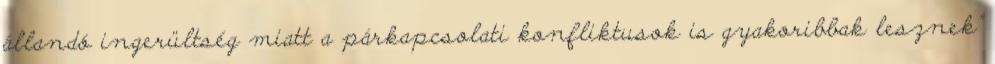
állandó ingerültség miatt a párkapcsolati konfliktusok is gyakoribbak lesznek”